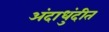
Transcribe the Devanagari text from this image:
अंदाधुंदीत